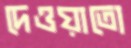
দেওয়াতো